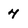
Character: 4